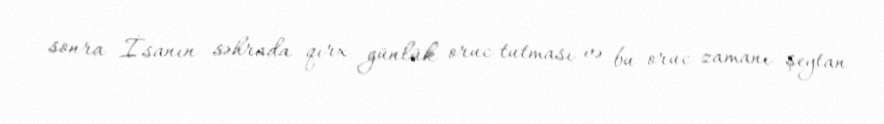
sonra İsanın səhrada qırx günlük oruc tutması və bu oruc zamanı şeytan